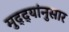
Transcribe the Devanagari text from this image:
मुद्‌द्‌यांनुसार